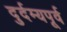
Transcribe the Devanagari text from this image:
दुर्दम्यपूर्व